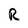
Character: R